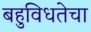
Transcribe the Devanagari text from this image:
बहुविधतेचा